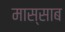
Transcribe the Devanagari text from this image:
मास्साब